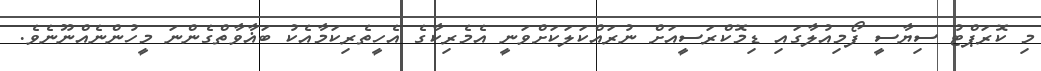
މި ކޮރަޕްޓު ސިޔާސީ ފޯމިއުލާގައި ޑިމޮކްރަސީއަށް ނުރައްކަލަކަށްވަނީ އެމެރިކާގެ އެހީތެރިކަމާއެކު ބަޣާވާތްގެންނަ މީހުންނެއްނޫނެވެ.